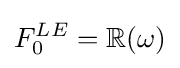
F_{0}^{LE}=\mathbb {R} (\omega )